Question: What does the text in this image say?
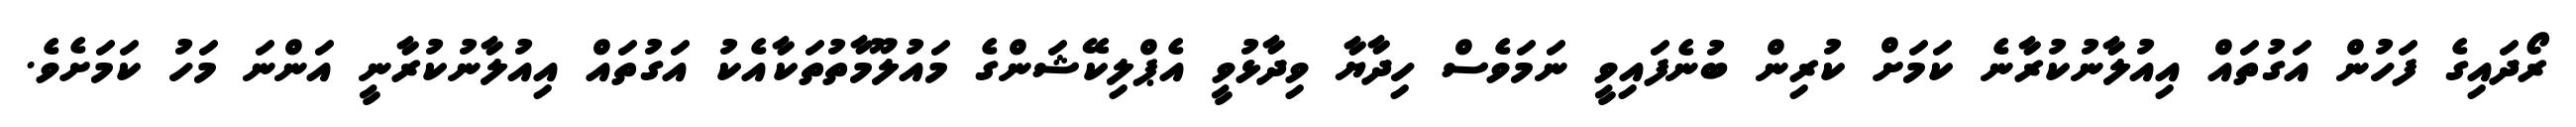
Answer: ރޯދައިގެ ފަހުން އަގުތައް އިއުލާނުކުރާނެ ކަމަށް ކުރިން ބުނެފައިވީ ނަމަވެސް ހިދާޔާ ވިދާޅުވީ އެޕްލިކޭޝަންގެ މައުލޫމާތުތަކާއެކު އަގުތައް އިއުލާނުކުރާނީ އަންނަ މަހު ކަމަށެވެ.